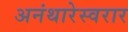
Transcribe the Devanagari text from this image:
अनंथारेस्वरार